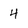
Character: 4